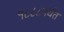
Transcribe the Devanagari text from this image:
१८८८पर्यंत